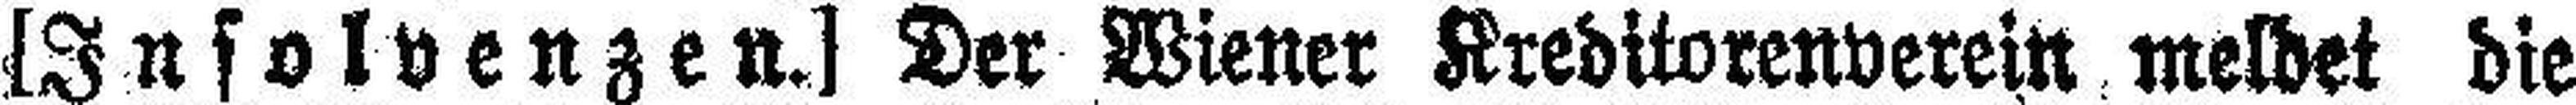
[Insolvenzen.] Der Wiener Kreditorenverein meldet die